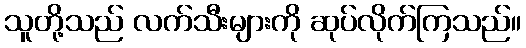
သူတို့သည် လက်သီးများကို ဆုပ်လိုက်ကြသည်။